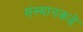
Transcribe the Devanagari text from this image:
संस्थानकडे